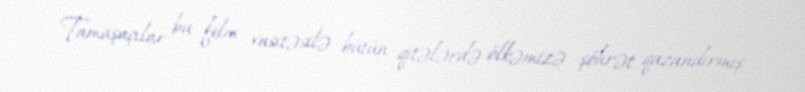
Tamaşaçılar bu film vasitəsilə bütün qitələrdə ölkəmizə şöhrət qazandırmış